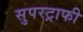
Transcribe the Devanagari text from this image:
सुपरट्राफी